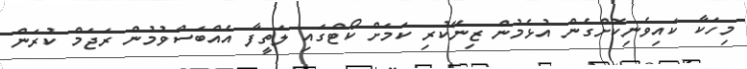
މިހަކާ ކައިވެނިކޮށްގެން އުޅެމުން ޒިނޭކުރި ކަމަށް ކޯޓްގައި ލަތީފާ އެއްބަސްވުމުން ރަޖަމް ކުރަން